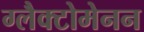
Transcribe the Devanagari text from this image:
ग्लैक्टोमेनन